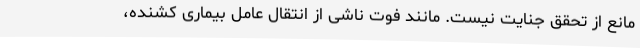
مانع از تحقق جنایت نیست. مانند فوت ناشی از انتقال عامل بیماری کشنده،